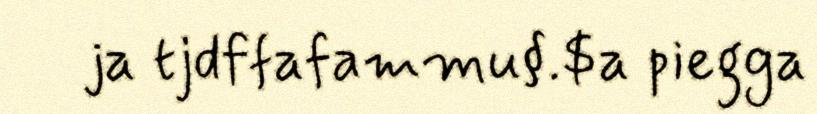
ja tjdffafammu§.$a piegga